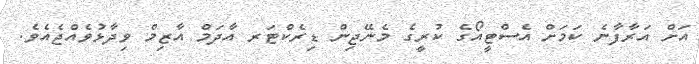
އަށް އަރާފާނެ ކަމަށް އެސްޓީއޯގެ ކުރީގެ މެނޭޖިން ޑިރެކްޓަރ އާދަމް އާޒިމް ވިދާޅުވެއްޖެއެވެ.